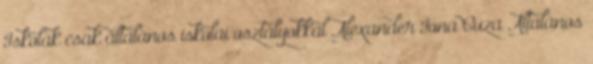
Iskolák csak általános iskolai osztályokkal Alexander Iona Cuza Általános